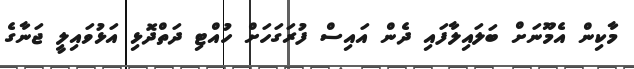
މާކިން އެމޫނަށް ބަލައިލާފައި ދެން އައިސް ފުރަގަހަށް ހުއްޓި ދަތްދޮޅި އަޅުވައިލީ ޖަނާގެ